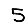
Digit: 5